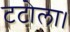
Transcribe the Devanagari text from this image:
टटोला।